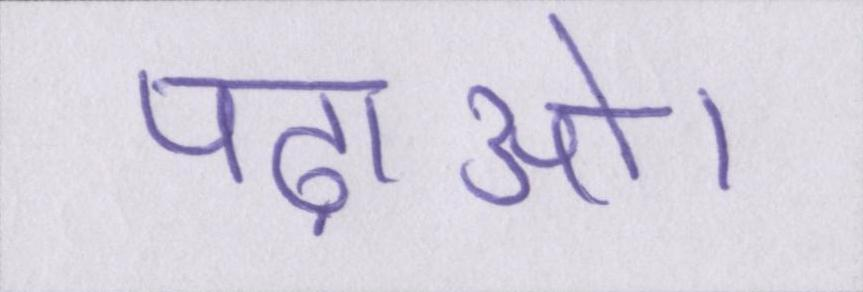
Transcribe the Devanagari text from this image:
पढ़ाओ।